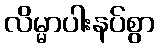
လိမ္မာပါးနပ်စွာ